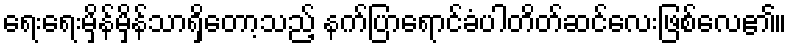
ရေးရေးမှိန်မှိန်သာရှိတော့သည့် နက်ပြာရောင်ခံပါတိတ်ဆင်လေးဖြစ်လေ၏။